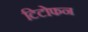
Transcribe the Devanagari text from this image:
टिटोफन